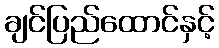
ချင်ပြည်ထောင်နှင့်